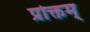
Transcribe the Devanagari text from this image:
प्रोक्तम्